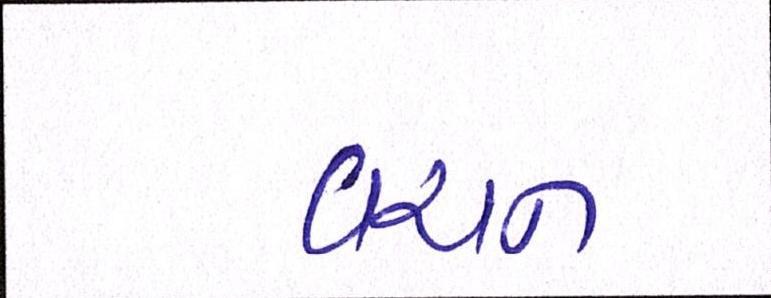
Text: વચન